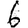
Digit: 6